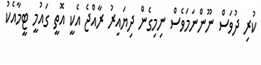
ކުރި ދުވަސް ނޫންނަމަވެސް ނިމިގެން ދިޔައިރު ރާއްޖެ އެކީ އޮތީ ގައުމީ ޓީމާއެކު